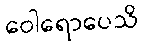
ဝေါရောပေသိ